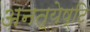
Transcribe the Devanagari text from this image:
अनत्येष्टि